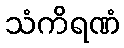
သံကိရဏံ